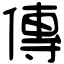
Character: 傳